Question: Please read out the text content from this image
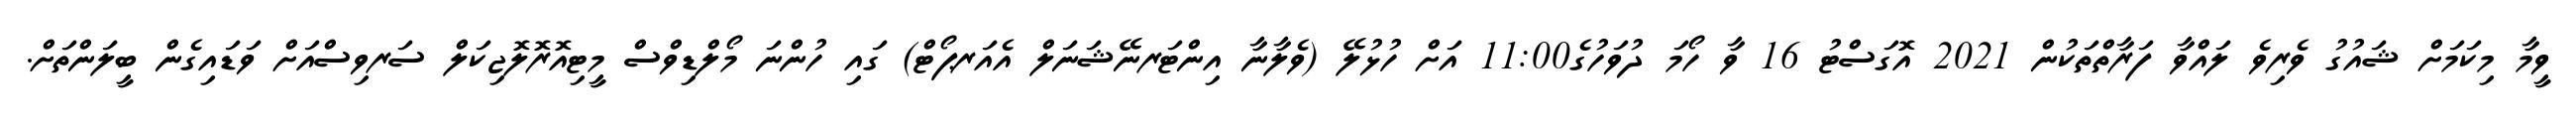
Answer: ވީމާ މިކަމަށް ޝައުގު ވެރިވެ ލައްވާ ފަރާތްތަކުން 2021 އޮގަސްޓު 16 ވާ ހޯމަ ދުވަހުގެ11:00 އަށް ހުޅުލޭ (ވެލާނާ އިންޓަރނޭޝަނަލް އެއަރޕޯޓް) ގައި ހުންނަ މޯލްޑިވްސް މީޓިއޮރޮލޮޖިކަލް ސަރވިސްއަށް ވަޑައިގެން ބީލަންތަށް.